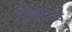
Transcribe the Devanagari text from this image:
प्रबंदाचे